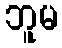
ဘူမ